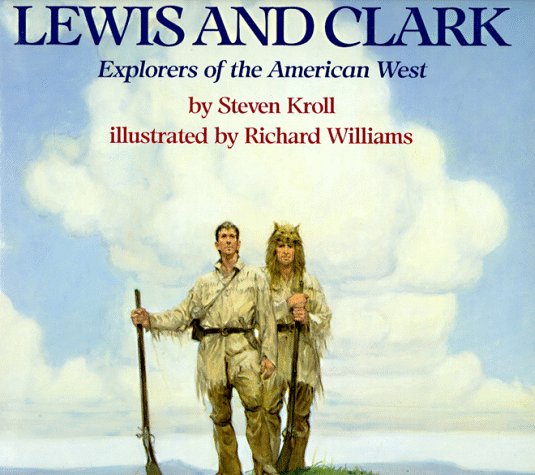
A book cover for Lewis and Clark: Explorers of the American West; Steven Kroll; Children's Books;